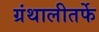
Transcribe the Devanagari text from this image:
ग्रंथालीतर्फे